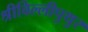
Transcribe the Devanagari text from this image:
श्रीविल्लीपुथुर